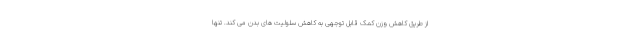
از طریق کاهش وزن کمک قابل توجهی به کاهش سلولیت های بدن می کند. تنها